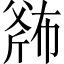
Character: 𱡬